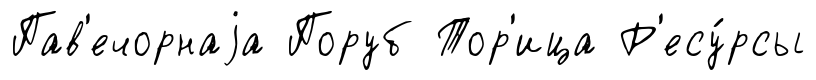
Пав'ечорнаjа Поруб Тор'ица Р'есу́рсы